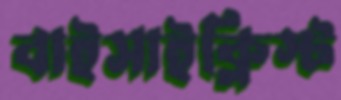
বাইসাইক্লিস্ট